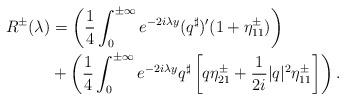
LaTeX: \begin{align*}R^\pm(\lambda) &= \left(\frac{1}{4}\int_0^{\pm \infty} e^{-2i\lambda y} (q^\sharp)'(1+\eta_{11}^\pm)\right)\\&+\left(\frac{1}{4}\int_0^{\pm \infty} e^{-2i\lambda y} q^\sharp \left[ q \eta_{21}^\pm + \frac{1}{2i}|q|^2 \eta_{11}^\pm \right]\right).\end{align*}